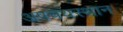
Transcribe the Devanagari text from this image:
अपचयस्थान